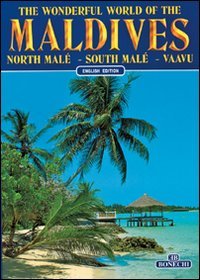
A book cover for Maldives (Travel); Bonechi; Travel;